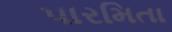
પારમિતા